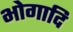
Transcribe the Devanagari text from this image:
भोगादि